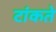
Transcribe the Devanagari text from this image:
टांकते